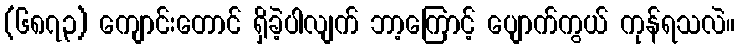
(၆၈၇၃) ကျောင်းတောင် ရှိခဲ့ပါလျက် ဘာ့ကြောင့် ပျောက်ကွယ် ကုန်ရသလဲ။